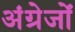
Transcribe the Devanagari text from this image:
अंग्रेजोंं